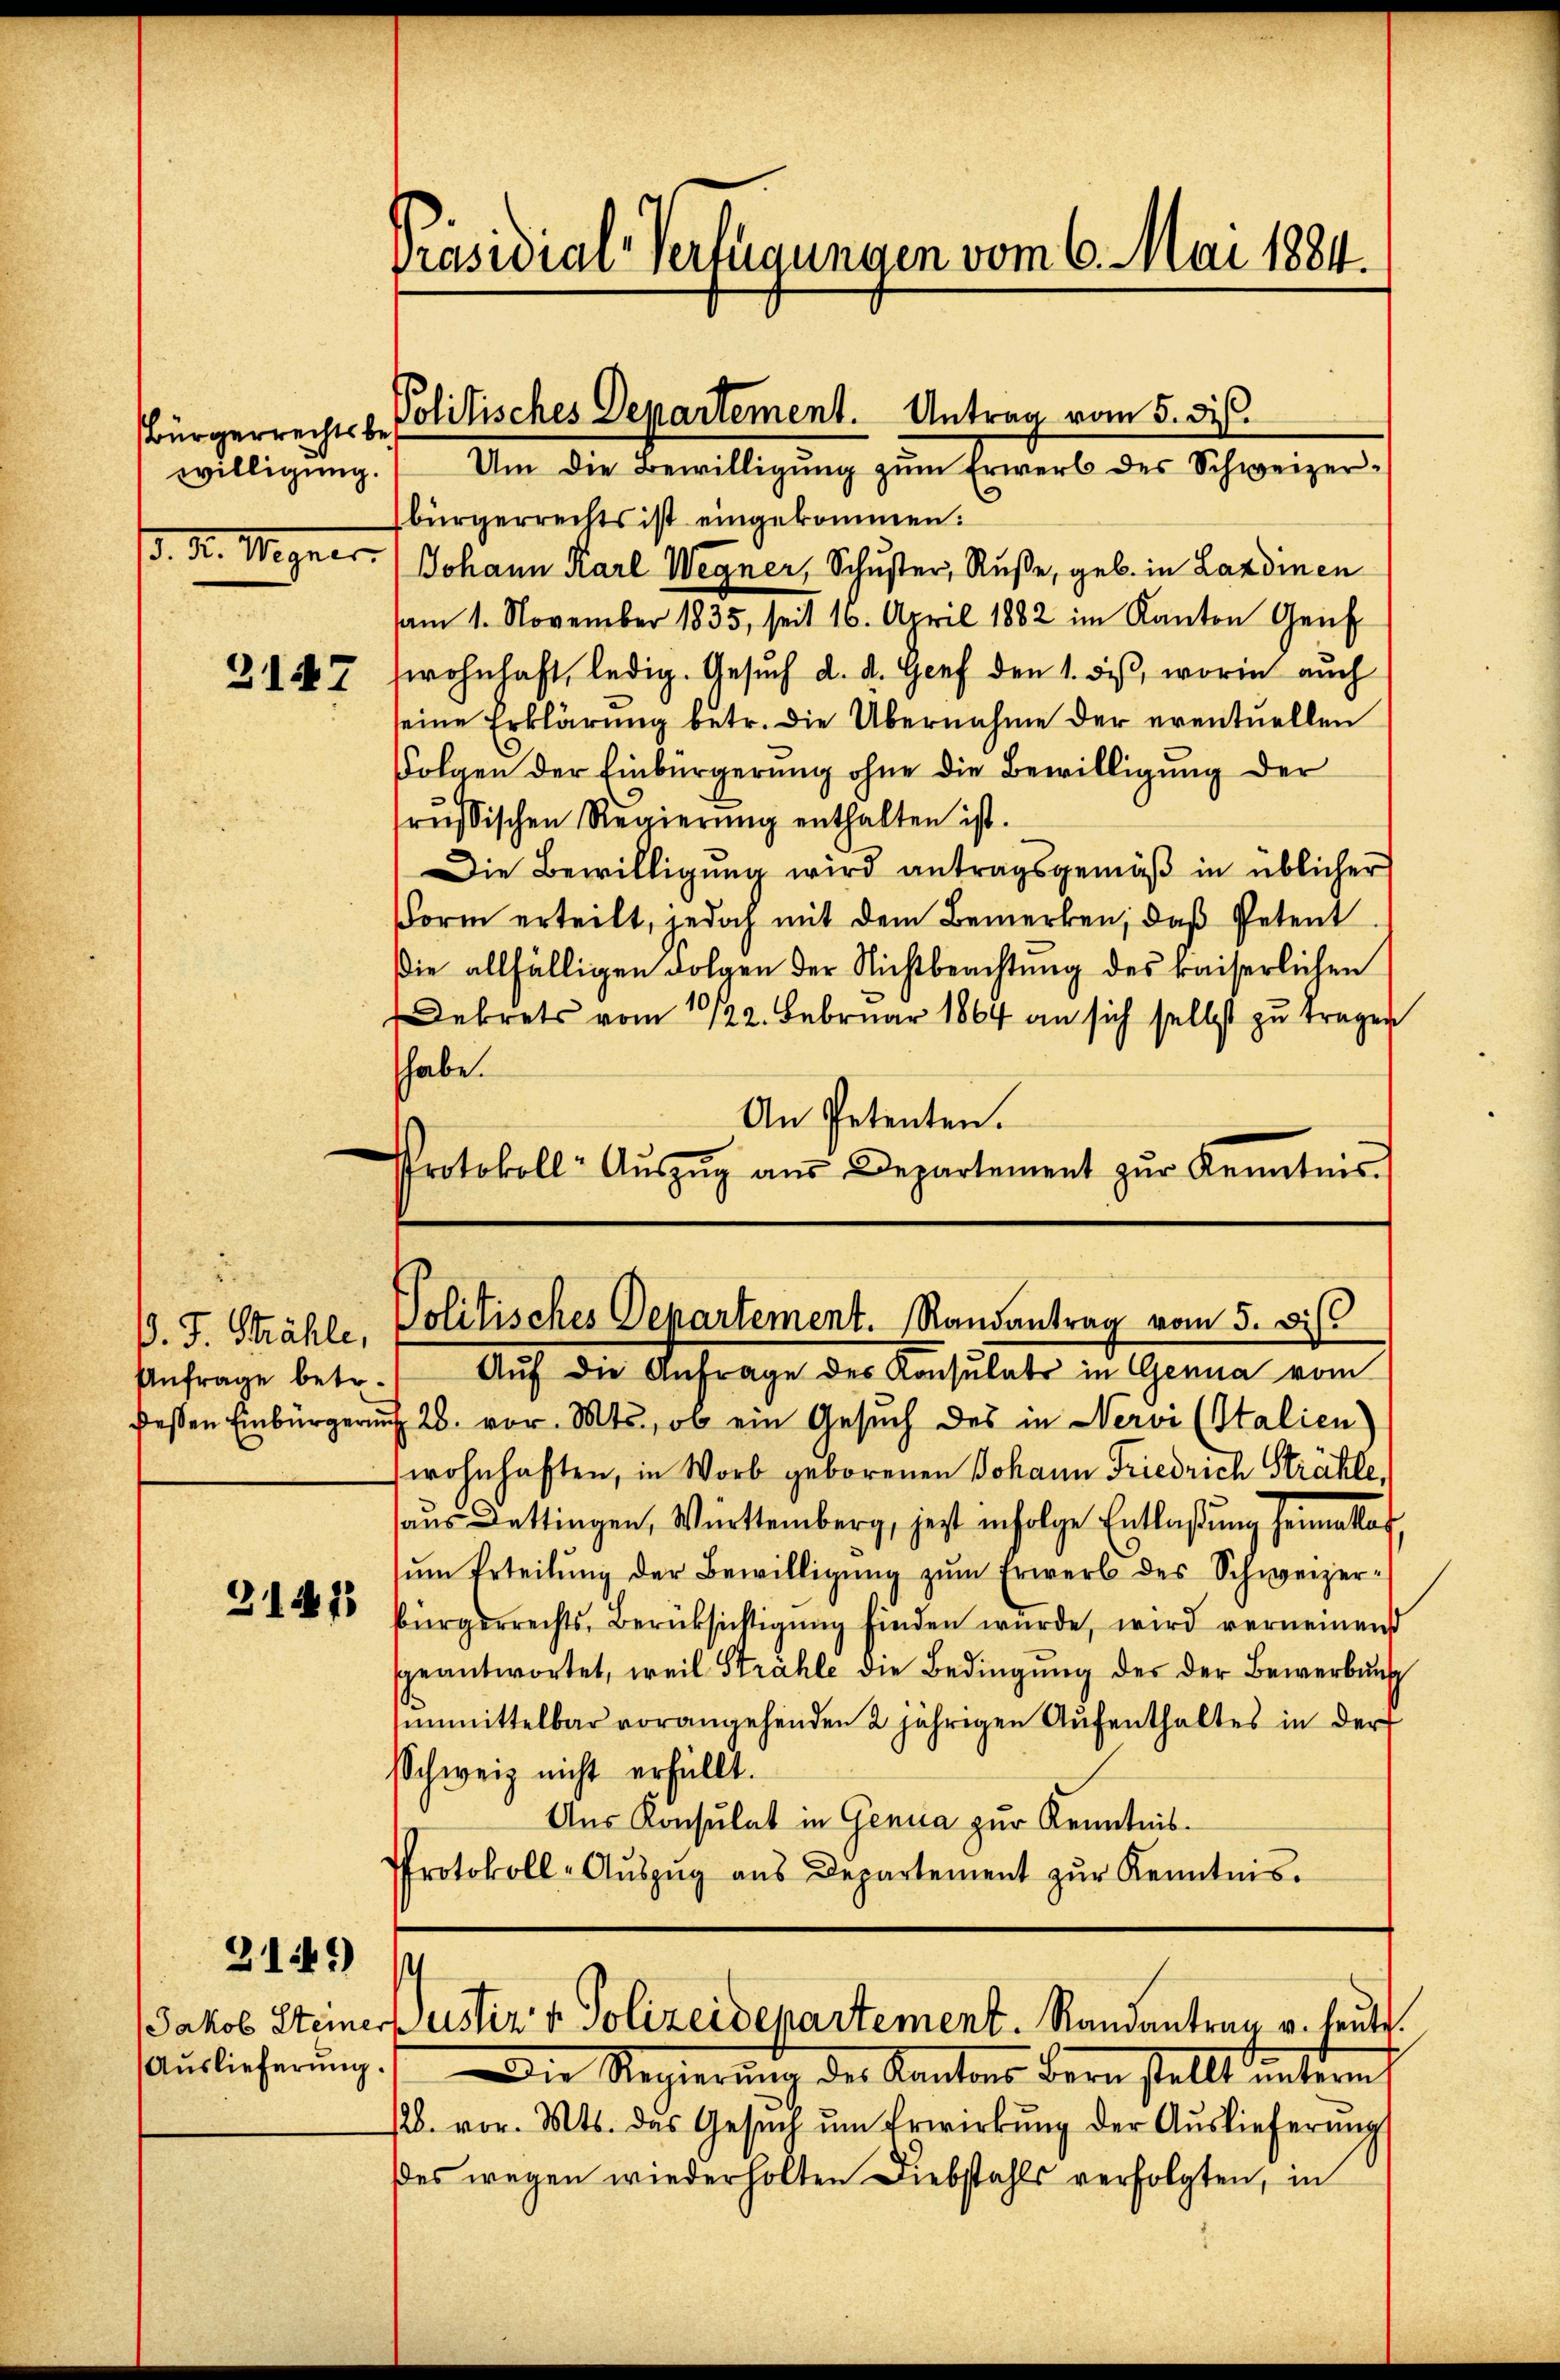
Bürgerrechts be¬
. Dr. Megner

3147

Anfrage betr.

31473

2149)

Auslieferung.

Präsidial-Verfügungen vom 6. Mai 1884.

Politisches Departement. Antrag vom 5. di
willigŭng. Um die Bewilligŭng zŭm Erwerb des Schweizer-

bürgerrechts ist eingekommen:
Johann Karl Wegner, Schuster, Ruße, geb. in Landinen
am 1. November 1835, seit 16. April 1882 im Kanton Genf
wohnhaft, ledig. Gesuch d. d. Genf den 1. dieß, worin auch
seine Erklärung betr. die Übernahme der eventuellen
Folgen der Einbürgerung ohne die Bewilligung der
rŭssischen Regierŭng enthalten ist.
Die Bewilligung wird antragsgemäß in üblicher
Form erteilt, jedoch mit dem Bemerken, daß Petent
Die allfälligen Folgen der Nichtbeachtung des kaiserlichen
Dekrets vom 10/22. Februar 1864 an sich selbst zu tragen
habe.
An Petenten.
Protokoll: Aŭszŭg aŭs Departement zŭr Kenntnis-

D. J. Strahle, Politisches Departement. Randantrag vom 5. Diss

Auch die Anfrage des Konsulats in Genua vom
dessen Einbürgerung 26. vor. Mts., ob ein Gesŭch des in Nervi (Italien)
wohnhaften, in Worb geborenen Johann Friedrich Strähle,
haus Dettingen, Württemberg, jetzt infolge Entlaßung heimatlos
sŭm Erteilŭng der Bewilligŭng zŭm Erwerb des Schweizer-
bürgerrechts, Berücksichtigung finden würde, wird verneinand
geantwortet, weil Strahle die Bedingŭng des der Bewerbŭng
unmittelbar vorangehenden 2 jährigen Aufenthaltes in der
Schweiz nicht erfüllt.
Aus Konsulat in Genica zur Kenntnis.
Protokoll-Aŭszŭg aŭs Departement zŭr Kenntnis.

s
Jakob Steiner ustiz & Polizeidepartement. Randantrag u. heute.

Die Regierung des Kantons bern stellt intern
128. vor. Mts. das Gesŭch ŭm Erwirkung der Auslieferung
es wegen wiederholten Diebstahls verfolgten, in